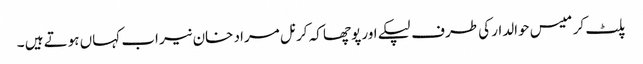
پلٹ کر میس حوالدار کی طرف لپکے اور پوچھا کہ کرنل مراد خان نیر اب کہاں ہوتے ہیں ۔